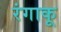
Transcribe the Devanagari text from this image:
रंगाकू